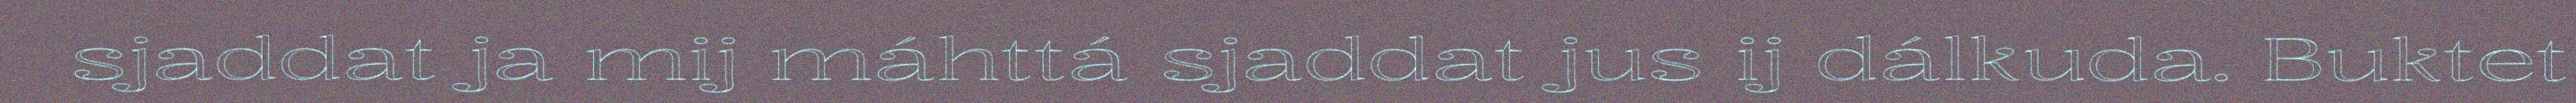
sjaddat ja mij máhttá sjaddat jus ij dálkuda. Buktet